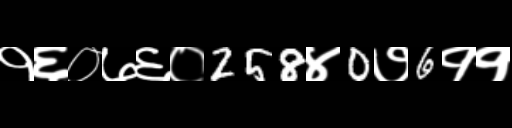
Text: १६०७६०258४0७6११